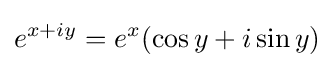
e^{x+iy}=e^{x}(\cos y+i\sin y)